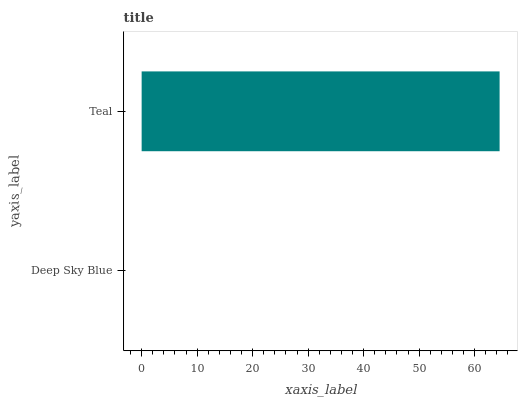
| yaxis_label | bars |
 | --- | --- |
 | Deep Sky Blue | 0 |
 | Teal | 64.5 |